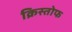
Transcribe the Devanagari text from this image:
क्रिस्तोफ